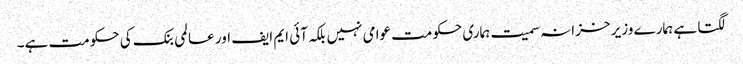
لگتا ہے ہمارے وزیر خزانہ سمیت ہماری حکومت عوامی نہیں بلکہ آئی ایم ایف اور عالمی بنک کی حکومت ہے۔